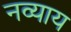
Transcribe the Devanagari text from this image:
नव्याय